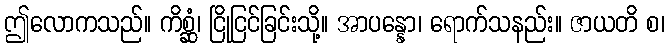
ဤလောကသည်။ ကိစ္ဆံ၊ ငြိုငြင်ခြင်းသို့။ အာပန္နော၊ ရောက်သနည်း။ ဇာယတိ စ၊